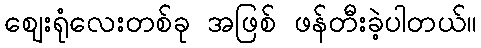
ဈေးရုံလေးတစ်ခု အဖြစ် ဖန်တီးခဲ့ပါတယ်။